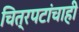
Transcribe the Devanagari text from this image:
चित्रपटांचाही